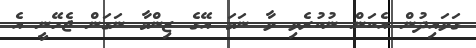
ގަވައިދުން އެކަން ނުކުރެވި ވާ ނަމަ އޭގެ ޒިންމާ ނަގަން ޖެހޭނީ އެ